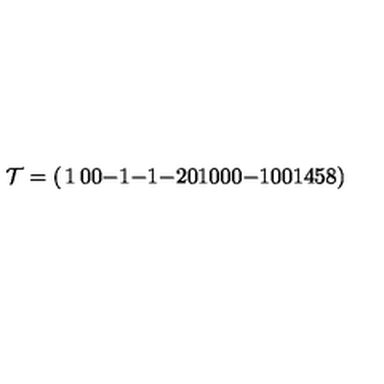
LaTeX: { \cal T } = \left( \begin{matrix} { 1 } & { 0 } & { 0 } & { - 1 } & { - 1 } & { - 2 } \\ { 0 } & { 1 } & { 0 } & { 0 } & { 0 } & { - 1 } \\ { 0 } & { 0 } & { 1 } & { 4 } & { 5 } & { 8 } \\ \end{matrix} \right)